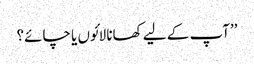
’’آپ کے لیے کھانا لائوں یا چائے؟